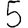
Digit: 5